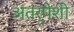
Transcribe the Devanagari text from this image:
अंतर्पेशी